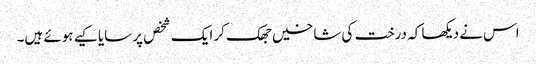
اس نے دیکھا کہ درخت کی شاخیں جھک کر ایک شخص پر سایا کیے ہوئے ہیں۔